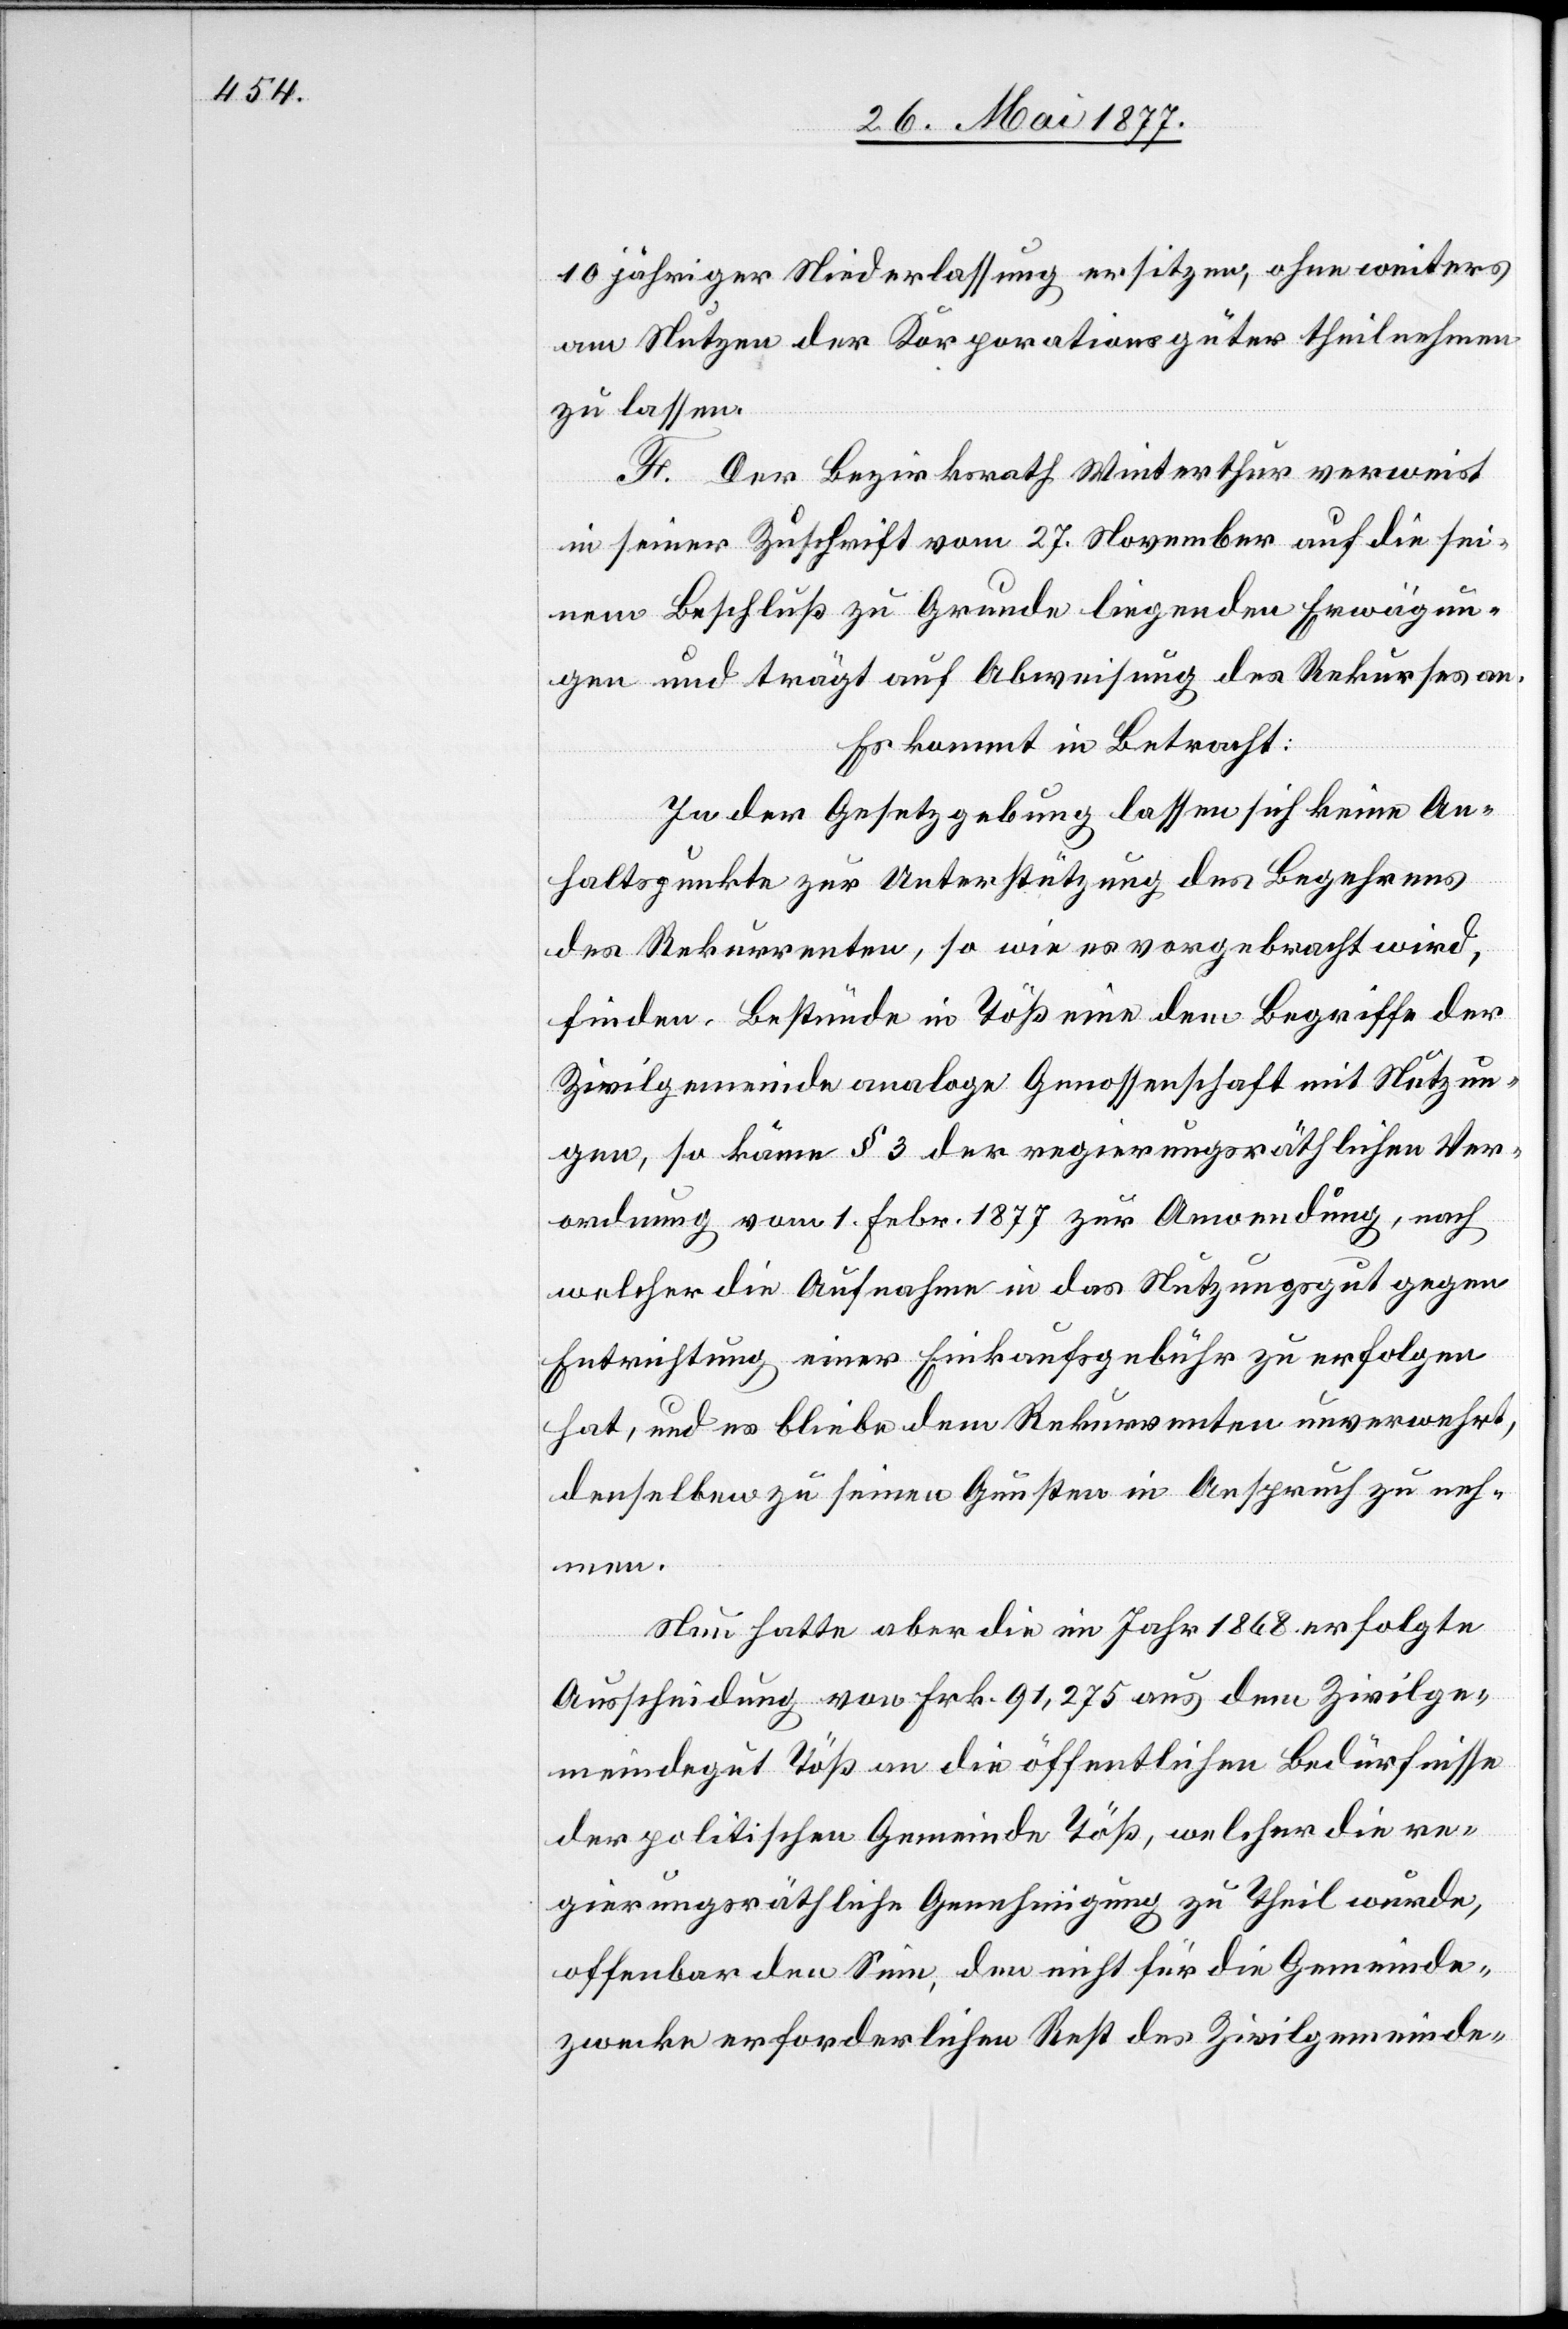
10 jähriger Niederlassung ersitzen, ohne weiters
am Nutzen der Korporationsgüter theilnehmen
zu lassen.
F. Der Bezirksrath Winterthur verweist
in seiner Zuschrift vom 27. November auf die sei¬
nem Beschluß zu Grunde liegenden Erwägun¬
gen und trägt auf Abweisung des Rekurses an.
Es kommt in Betracht:
In der Gesetzgebung lassen sich keine An¬
haltspunkte zur Unterstützung des Begehrens
des Rekurrenten, so wie es vorgebrach wird,
finden. Bestünde in Töß eine dem Begriffe der
Zivilgemeinde analoge Genossenschaft mit Nutzun¬
gen, so käme § 3 der regierungsräthlichen Ver¬
ordnung vom 1. Febr. 1877 zur Anwendung, nach
welcher die Aufnahme in das Nutzungsgut gegen
Entrichtung einer Einkaufsgebühr zu erfolgen
hat, und es bliebe dem Rekurrenten unverwehrt,
denselben zu seinen Gunsten in Anspruch zu neh¬
men.
Nun hatte aber die im Jahr 1868 erfolgte
Ausscheidung von Frk. 91,275 auf dem Zivilge¬
meindegut Töß an die öffentlichen Bedürfnisse
der politischen Gemeinde Töß, welcher die re¬
gierungsräthliche Genehmigung zu Theil wurde,
offenbar den Sinn, den nicht für die Gemeinde¬
zwecke erforderlichen Rest des Zivilgemeinde-